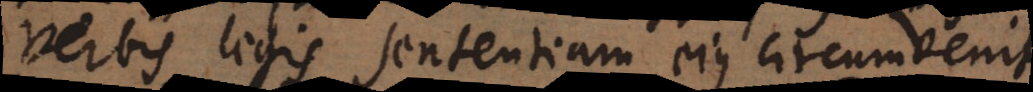
verbis legis sententiam ejus circumvenit,